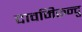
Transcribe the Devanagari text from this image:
दावमिरुन्दु